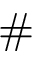
\# { \bf \Pi }